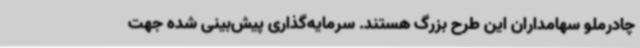
چادرملو سهامداران این طرح بزرگ هستند. سرمایه‌گذاری پیش‌بینی شده جهت